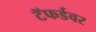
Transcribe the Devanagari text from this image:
टॅफर्डवर